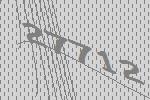
27712